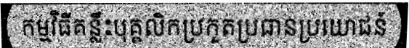
កម្មវិធីគន្លឹះបុគ្គលិកប្រកួតប្រធានប្រយោជន៍